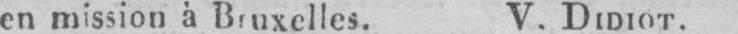
en mission à Bruxelles. V. DIDIOT.